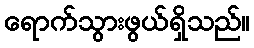
ရောက်သွားဖွယ်ရှိသည်။